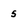
Character: 5